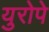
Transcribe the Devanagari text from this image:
युरोपे